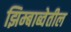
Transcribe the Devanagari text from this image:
झिम्बाब्वेतील